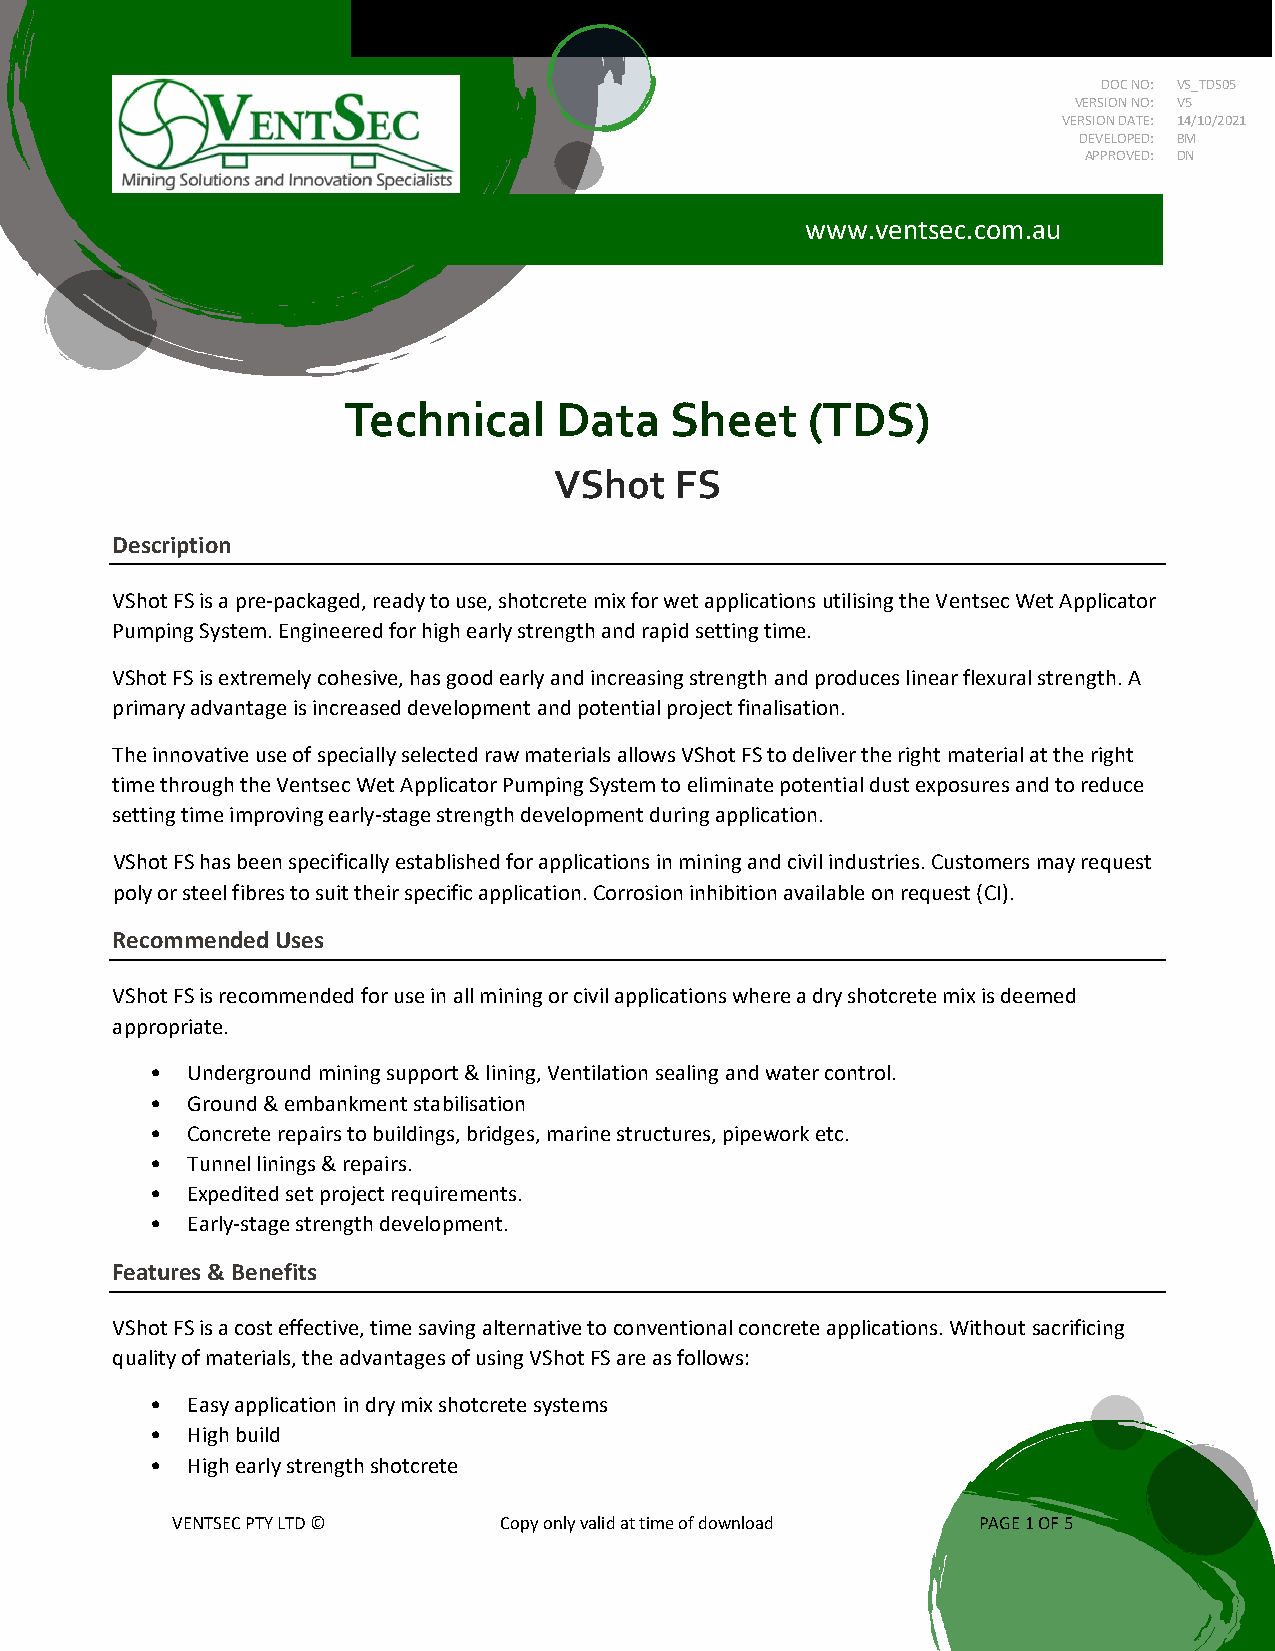
DOC NO: VS_TDS05
 VERSION NO: V5
 VERSION DATE: 14/10/2021
 DEVELOPED: BM
 APPROVED: DN
 www.ventsec.com.au
 Technical     Data   Sheet     (TDS)
 VShot   FS
 Description
 VShot FS is a pre-packaged, ready to use, shotcrete mix for wet applications utilising the Ventsec Wet Applicator
 Pumping System. Engineered for high early strength and rapid setting time.
 VShot FS is extremely cohesive, has good early and increasing strength and produces linear flexural strength. A
 primary advantage is increased development and potential project finalisation.
 The innovative use of specially selected raw materials allows VShot FS to deliver the right material at the right
 time through the Ventsec Wet Applicator Pumping System to eliminate potential dust exposures and to reduce
 setting time improving early-stage strength development during application.
 VShot FS has been specifically established for applications in mining and civil industries. Customers may request
 poly or steel fibres to suit their specific application. Corrosion inhibition available on request (CI).
 Recommended Uses
 VShot FS is recommended for use in all mining or civil applications where a dry shotcrete mix is deemed
 appropriate.
 • Underground mining support & lining, Ventilation sealing and water control.
 • Ground & embankment stabilisation
 • Concrete repairs to buildings, bridges, marine structures, pipework etc.
 • Tunnel linings & repairs.
 • Expedited set project requirements.
 • Early-stage strength development.
 Features & Benefits
 VShot FS is a cost effective, time saving alternative to conventional concrete applications. Without sacrificing
 quality of materials, the advantages of using VShot FS are as follows:
 • Easy application in dry mix shotcrete systems
 • High build
 • High early strength shotcrete
 VENTSEC PTY LTD ©     Copy only valid at time of download PAGE 1 OF 5